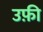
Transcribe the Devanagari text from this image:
उफ़ी